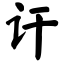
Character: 讦